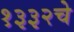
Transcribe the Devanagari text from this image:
१३३२चे